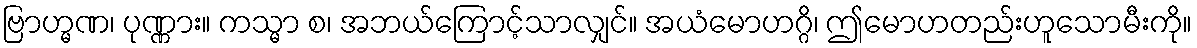
ဗြာဟ္မဏ၊ ပုဏ္ဏား။ ကသ္မာ စ၊ အဘယ်ကြောင့်သာလျှင်။ အယံမောဟဂ္ဂိ၊ ဤမောဟတည်းဟူသောမီးကို။